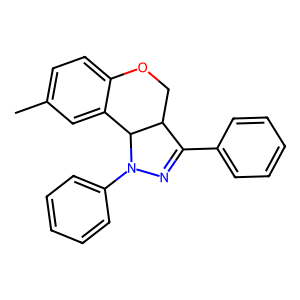
SMILES: Cc1ccc2c(c1)C1C(CO2)C(c2ccccc2)=NN1c1ccccc1
Inhibits HIV replication: No